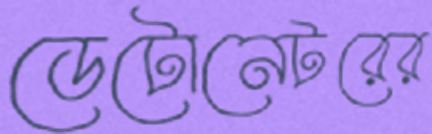
ডেটোনেটরের